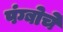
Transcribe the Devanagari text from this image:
पंग्बोचे